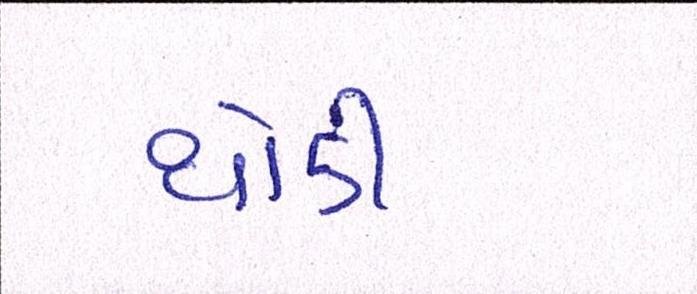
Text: થોડી